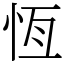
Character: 恆